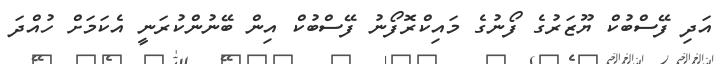
އަދި ފޭސްބުކް ޔޫޒަރުގެ ފޯނުގެ މައިކްރޮފޯނު ފޭސްބުކް އިން ބޭނުންކުރަނީ އެކަމަށް ހުއްދަ